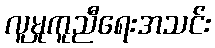
လူမှုကူညီရေးအသင်း